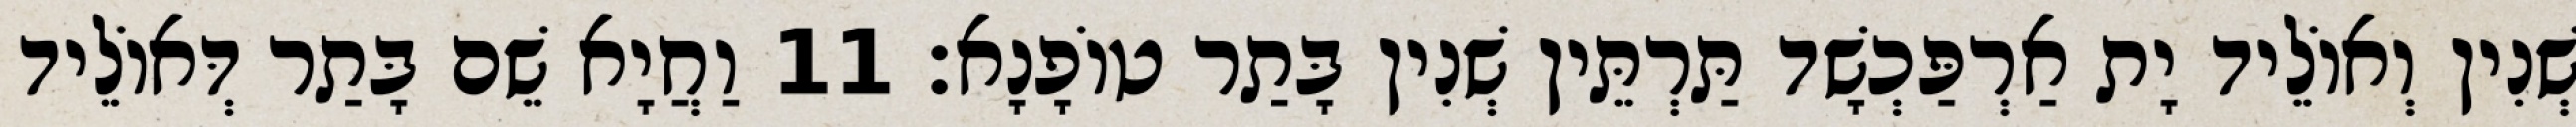
שְׁנִין וְאוֹלֵיד יָת אַרְפַּכְשָׁד תַּרְתֵּין שְׁנִין בָּתַר טוֹפָנָא׃ 11 וַחֲיָא שֵׁם בָּתַר דְּאוֹלֵיד